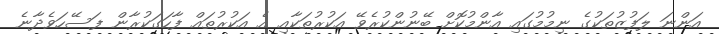
އަންނަ ލަފުޒުތަކުގެ ނިމުމުގައި އާންމުކޮށް ބޭނުންކުރެވޭ އަކުރުތަކާއި އެ އަކުރުތައް ފާހަގަކުރާން ފަސޭހަވެދާނެ